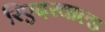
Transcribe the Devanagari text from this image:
रिएदरवाल्ड